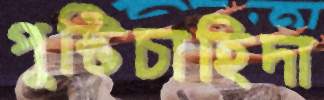
পুষ্টিচাহিদা